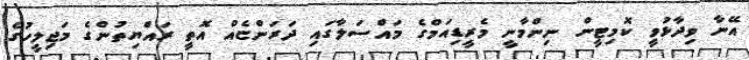
އޭނާ ވިދާޅުވީ ކޮމިޓީން ނިންމާނީ މެރީޑިއަމްގެ މައްސަލާގައި ދަރަންޏެއް އޮތީ ރައްޔިތުންގެ މަޖިލީހުގެ